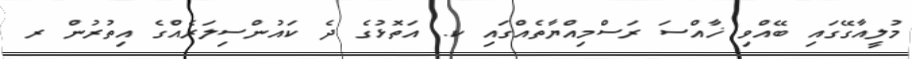
މުލީއާގޭގައި ބޭއްވި ޚާއްސަ ރަސްމިއްޔާތެއްގައި ކ. އަތޮޅުގެ ދެ ކައުންސިލަރެއްގެ އިތުރުން ރ